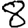
Digit: 8